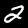
Label: 2